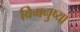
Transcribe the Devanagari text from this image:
विमनुष्या